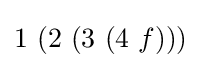
1\ (2\ (3\ (4\ f)))